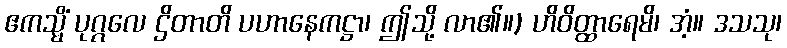
ဧကသ္မိံ ပုဂ္ဂလေ ဌိတာတိ ပဟာနေကဋ္ဌာ၊ ဤသို့ လာ၏။) ဟိဝိတ္ထာရေမိ၊ အံ့။ ဒသသု၊